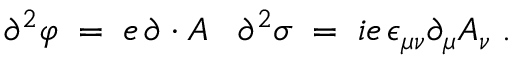
\partial ^ { 2 } \varphi \; = \; e \, \partial \cdot A \; \; \; \partial ^ { 2 } \sigma \; = \; i e \, \epsilon _ { \mu \nu } \partial _ { \mu } A _ { \nu } \; .